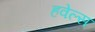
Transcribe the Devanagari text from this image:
हवेल्स